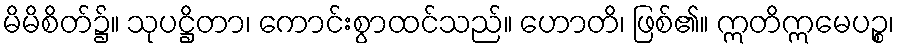
မိမိစိတ်၌။ သုပဋ္ဌိတာ၊ ကောင်းစွာထင်သည်။ ဟောတိ၊ ဖြစ်၏။ ဣတိဣမေပဉ္စ၊